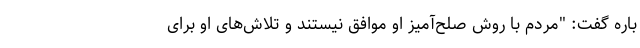
باره گفت: "مردم با روش صلح‌آمیز او موافق نیستند و تلاش‌های او برای